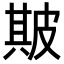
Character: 𤿺